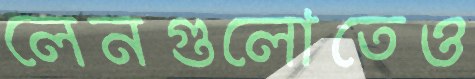
লেনগুলোতেও